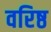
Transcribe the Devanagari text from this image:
वरिष्ठ